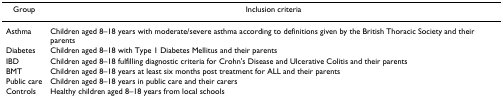
<table><thead><tr><td><b>Group</b></td><td><b>Inclusion criteria</b></td></tr></thead><tbody><tr><td>Asthma</td><td>Children aged 8–18 years with moderate/severe asthma according to definitions given by the British Thoracic Society and their parents</td></tr><tr><td>Diabetes</td><td>Children aged 8–18 with Type 1 Diabetes Mellitus and their parents</td></tr><tr><td>IBD</td><td>Children aged 8–18 fulfilling diagnostic criteria for Crohn&#x27;s Disease and Ulcerative Colitis and their parents</td></tr><tr><td>BMT</td><td>Children aged 8–18 years at least six months post treatment for ALL and their parents</td></tr><tr><td>Public care</td><td>Children aged 8–18 years in public care and their carers</td></tr><tr><td>Controls</td><td>Healthy children aged 8–18 years from local schools</td></tr></tbody></table>